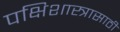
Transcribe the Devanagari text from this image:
पक्षिशास्त्रासाठी